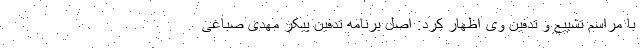
با مراسم تشییع و تدفین وی اظهار کرد: اصل برنامه تدفین پیکر مهدی صباغی